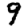
Digit: 9